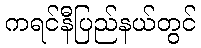
ကရင်နီပြည်နယ်တွင်